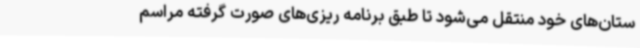
ستان‌های خود منتقل می‌شود تا طبق برنامه ریزی‌های صورت گرفته مراسم